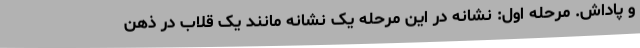
و پاداش. مرحله اول: نشانه در این مرحله یک نشانه مانند یک قلاب در ذهن